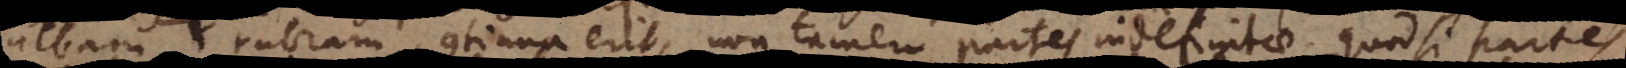
albam et rubram continua erit, non tamen partes indefinitae quod si partes